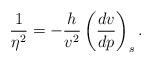
LaTeX: \begin{align*} \frac{1}{\eta^2}=-\frac{h}{v^2}\left(\frac{dv}{dp}\right)_s.\end{align*}